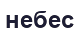
небес